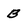
Character: B